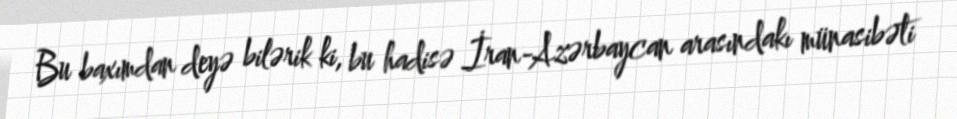
Bu baxımdan deyə bilərik ki, bu hadisə İran-Azərbaycan arasındakı münasibəti